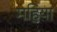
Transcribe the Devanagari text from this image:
महिया